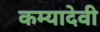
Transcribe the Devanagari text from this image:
कम्यादेवी